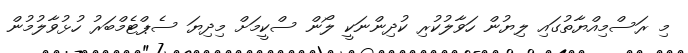
މި ރަސްމިއްޔާތުގައި ލިޔުން ހަވާލުކުރި ކުދިންނަކީ ލޯން ސްކީމަށް މިދިޔަ ސެޕްޓެމްބަރު ހުޅުވާލުމުން